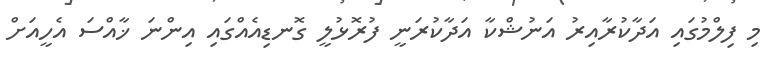
މި ފިލްމުގައި އަދާކުރާއިރު އަނުޝްކާ އަދާކުރަނީ ފުރޮޅުލީ ގޮނޑިއެއްގައި އިންނަ ޚާއްސަ އެހީއަށް